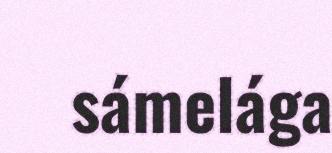
sámelága